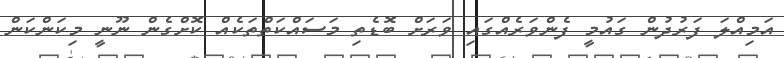
އަމިއްލަ ފަރުދުން ގައުމީ ފެންވަރެއްގައި ވަރަށް ބޮޑެތި މަސައްކަތްތަކެއް ކޮށްގެން ނޫނީ މިކަންކަން